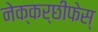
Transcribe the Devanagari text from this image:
नेक्कर्छीफेस्